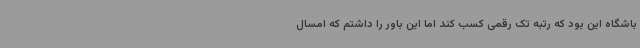
باشگاه این بود که رتبه تک رقمی کسب کند اما این باور را داشتم که امسال